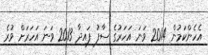
އެހެންކަމުން 2014 ވަނަ އަހަރުގެ ސާފު ފައިދާ 2013 ވަނަ އަހަރަށް ވުރެ